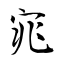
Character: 孽